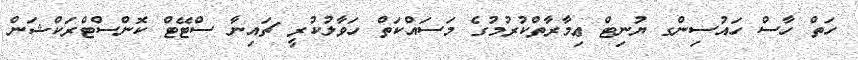
ހަތް ހާސް ހައުސިންގ ޔުނިޓް ޢިމާރާތްކުރުމުގެ މަސައްކަތް ހަވާލުކުރީ ޗައިނާ ސްޓޭޓް ކޮންސްޓްރަކްޝަން